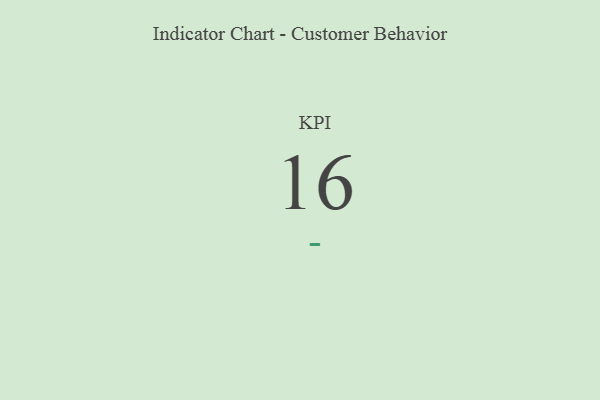
{"axis": {"x": "KPI", "y": "Value"}, "legend": [""], "data": [{"x": "KPI", "y": 16, "type": ""}]}